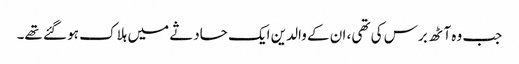
جب وہ آٹھ برس کی تھی، ان کے والدین ایک حادثے میں ہلاک ہو گئے تھے۔